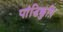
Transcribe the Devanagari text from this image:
पांडिक्कुष़ि